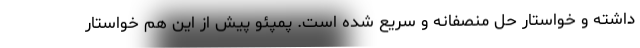
داشته و خواستار حل منصفانه و سریع شده است. پمپئو پیش از این هم خواستار